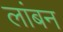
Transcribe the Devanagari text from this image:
लांबन